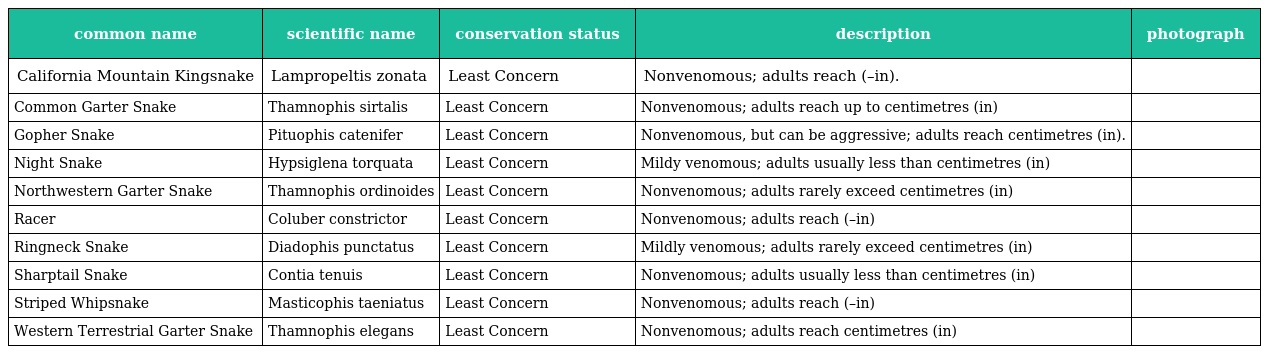
| common name | scientific name | conservation status | description | photograph |
 | --- | --- | --- | --- | --- |
 | California Mountain Kingsnake | Lampropeltis zonata | Least Concern | Nonvenomous; adults reach (–in). |  |
 | Common Garter Snake | Thamnophis sirtalis | Least Concern | Nonvenomous; adults reach up to centimetres (in) |  |
 | Gopher Snake | Pituophis catenifer | Least Concern | Nonvenomous, but can be aggressive; adults reach centimetres (in). |  |
 | Night Snake | Hypsiglena torquata | Least Concern | Mildy venomous; adults usually less than centimetres (in) |  |
 | Northwestern Garter Snake | Thamnophis ordinoides | Least Concern | Nonvenomous; adults rarely exceed centimetres (in) |  |
 | Racer | Coluber constrictor | Least Concern | Nonvenomous; adults reach (–in) |  |
 | Ringneck Snake | Diadophis punctatus | Least Concern | Mildly venomous; adults rarely exceed centimetres (in) |  |
 | Sharptail Snake | Contia tenuis | Least Concern | Nonvenomous; adults usually less than centimetres (in) |  |
 | Striped Whipsnake | Masticophis taeniatus | Least Concern | Nonvenomous; adults reach (–in) |  |
 | Western Terrestrial Garter Snake | Thamnophis elegans | Least Concern | Nonvenomous; adults reach centimetres (in) |  |